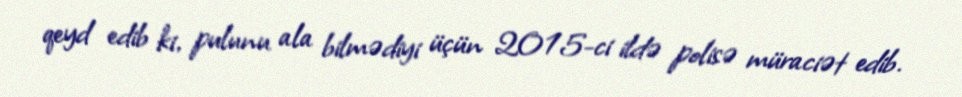
qeyd edib ki, pulunu ala bilmədiyi üçün 2015-ci ildə polisə müraciət edib.